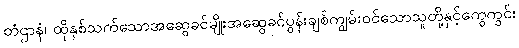
တံဌာနံ၊ ထိုနှစ်သက်သောအဆွေခင်မျိုးအဆွေခင်ပွန်းချစ်ကျွမ်းဝင်သောသူတို့နှင့်ကွေကွင်း